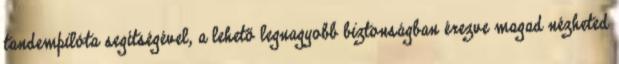
tandempilóta segítségével, a lehető legnagyobb biztonságban érezve magad nézheted